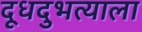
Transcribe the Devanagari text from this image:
दूधदुभत्याला